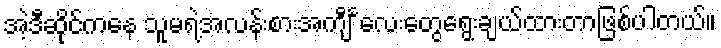
အဲ့ဒီဆိုင်ကနေ သူမရဲ့အလန်းစားအကျီ င်္လေးတွေရွေးချယ်ထားတာဖြစ်ပါတယ်။